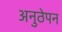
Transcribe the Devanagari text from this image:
अनुठेपन